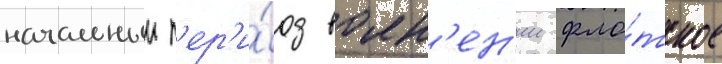
начальныи п'ер'и́од волн'ен'ии фло́тское